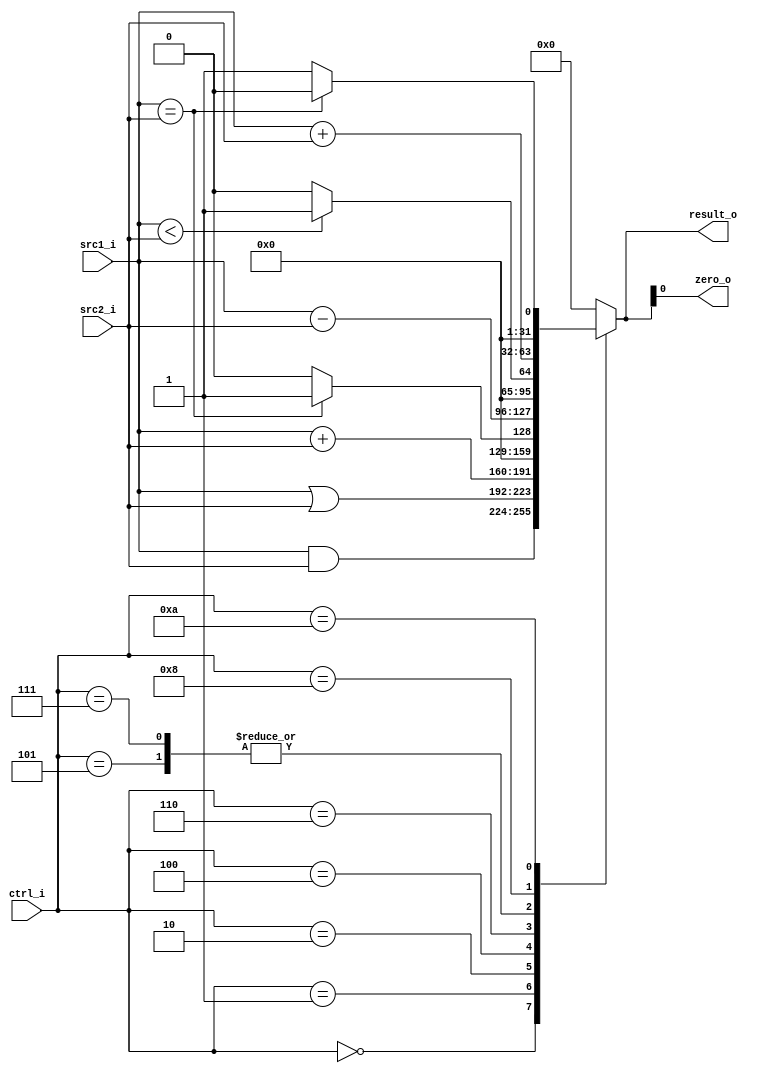
//Subject:     CO project 2 - ALU
//--------------------------------------------------------------------------------
//Version:     1
//--------------------------------------------------------------------------------
//Writer:      
//----------------------------------------------
//Date:        
//----------------------------------------------
//Description: 
//--------------------------------------------------------------------------------
`timescale 1ns/1ps
module ALU(
    src1_i,
	src2_i,
	ctrl_i,
	result_o,
	zero_o
	);
     
//I/O ports
input signed [32-1:0]  src1_i;
input signed [32-1:0]  src2_i;
input  [4-1:0]   ctrl_i;

output [32-1:0]	 result_o;
output           zero_o;

//Internal signals
reg    [32-1:0]  result_o;
wire             zero_o;
//Parameter
assign zero_o = result_o ;
//Main function
always @(ctrl_i,src1_i,src2_i)begin
 case (ctrl_i)
  4'b0000:result_o<= src1_i&src2_i;                                //and 0
  4'b0001:result_o<= src1_i|src2_i;                        //or 1
  4'b0010:result_o<=src1_i+src2_i;                           //addu 2
  4'b0100:result_o<= (src1_i == src2_i)? 32'b1:32'b0;            //beq
  4'b0101:result_o<= (src1_i < src2_i)? 32'b1:32'b0;           //sltiu 5
  4'b0110:result_o<=src1_i-src2_i;                           //subu 6
  4'b0111:result_o<= (src1_i < src2_i)? 32'b1:32'b0;            //slti 7
  4'b1000:result_o[31:0]<= src1_i[31:0] + src2_i[31:0];      //addi 8
  4'b1010:result_o<= (src1_i == src2_i)? 32'b0:32'b1;        //bne
  default: result_o<= 0;
	//default: result_o<=0;
  endcase
end

endmodule